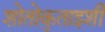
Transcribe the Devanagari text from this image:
शोतोकुताइशी